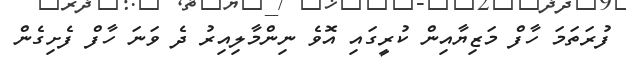
ފުރަތަމަ ހާފް މަޒިޔާއިން ކުރީގައި އޮވެ ނިންމާލިއިރު ދެ ވަނަ ހާފް ފެށިގެން